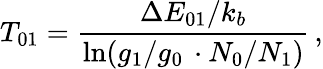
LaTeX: T_{01}=\frac{\Delta E_{01}/k_{b}}{\ln(g_{1}/g_{0}\, \cdot N_{0}/N_{1})}\, ,